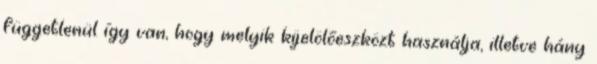
függetlenül így van, hogy melyik kijelölőeszközt használja, illetve hány